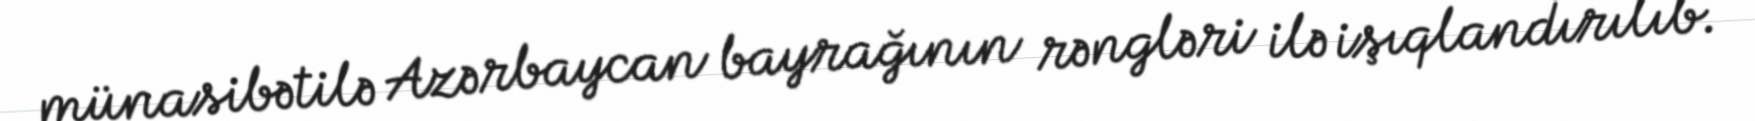
münasibətilə Azərbaycan bayrağının rəngləri ilə işıqlandırılıb.